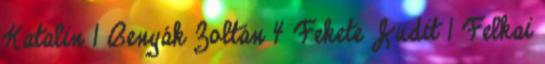
Katalin 1 Benyák Zoltán 4 Fekete Judit 1 Felkai